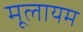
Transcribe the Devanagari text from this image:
मूलायम